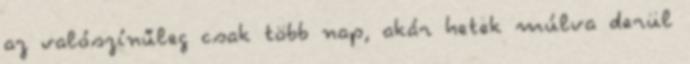
az valószínűleg csak több nap, akár hetek múlva derül